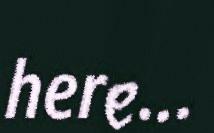
here...